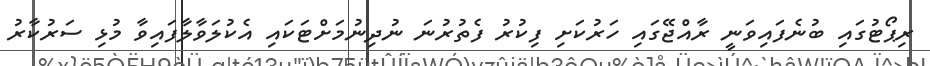
ރިޕޯޓުގައި ބުނެފައިވަނީ ރާއްޖޭގައި ހަރުކަށި ފިކުރު ފެތުރުނަ ނުދިނުމަށްޓަކައި އެކުލަވާލާފައިވާ މުޅި ސަރުކާރު